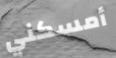
أمسكني